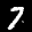
Label: 7